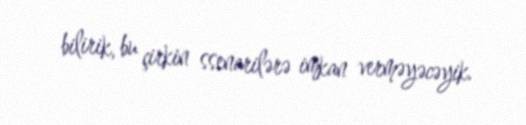
bilirik, bu çirkin ssenarilərə imkan verməyəcəyik.